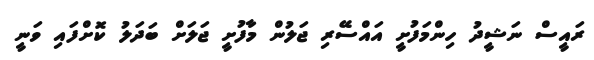
ރައީސް ނަޝީދު ހިންމަފުށީ އައްސޭރި ޖަލުން މާފުށީ ޖަލަށް ބަދަލު ކޮށްފައި ވަނީ